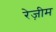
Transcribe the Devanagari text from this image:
रेज़ीम